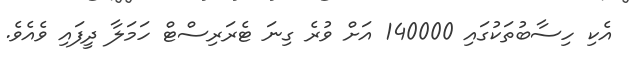
އެކި ހިސާބުތަކުގައި 140000 އަށް ވުރެ ގިނަ ޓެރަރިސްޓް ހަމަލާ ދީފައި ވެއެވެ.